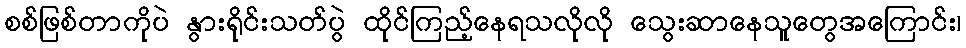
စစ်ဖြစ်တာကိုပဲ နွားရိုင်းသတ်ပွဲ ထိုင်ကြည့်နေရသလိုလို သွေးဆာနေသူတွေအကြောင်း၊